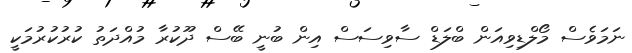
ނަމަވެސް މޯލްޑިވިއަން ބްލަޑް ސާވިސަސް އިން ބުނީ ބޭސް ދޫކުރާ މުއްދަތު ކުރުކުރުމަކީ